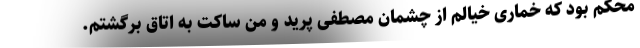
محکم بود که خماری خیالم از چشمان مصطفی پرید و من ساکت به اتاق برگشتم.